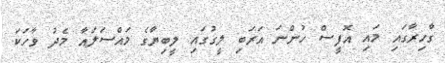
ގާހިރާގައި މައި އޮފީސް ހުންނަ އަރަބި ލީގުގައި ލީބިޔާގެ މައްސަލައާ މެދު ވާހަކަ